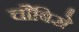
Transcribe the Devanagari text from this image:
चौबिसे